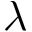
\lambda